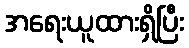
အရေးယူထားရှိပြီး